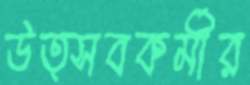
উত্সবকর্মীর